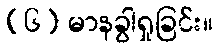
(၆) မာနခွါရှုခြင်း။